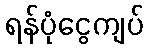
ရန်ပုံငွေကျပ်